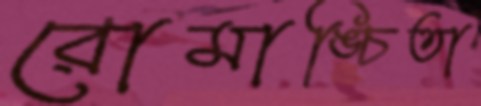
রোমাঙ্চিতা